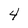
Character: 4